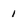
Character: 1